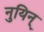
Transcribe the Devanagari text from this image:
नुयिन्